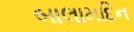
બાલામદિન